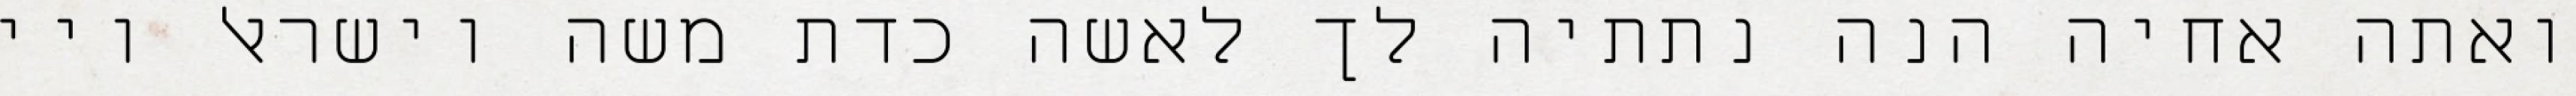
ואתה אחיה הנה נתתיה לך לאשה כדת משה וישראל ויי